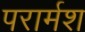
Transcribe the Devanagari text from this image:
परार्मश